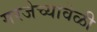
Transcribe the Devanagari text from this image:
गरजेच्यावेळी